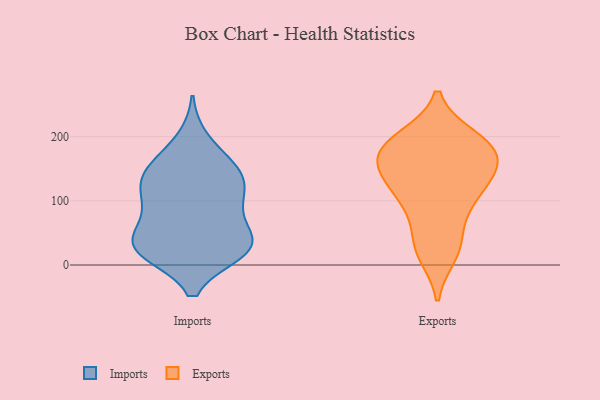
{"axis": {"x": "Shipments", "y": "Value"}, "legend": ["Exports", "Imports"], "data": [{"x": "", "y": 95, "type": "Imports"}, {"x": "", "y": 158, "type": "Imports"}, {"x": "", "y": 20, "type": "Imports"}, {"x": "", "y": 20, "type": "Imports"}, {"x": "", "y": 34, "type": "Imports"}, {"x": "", "y": 149, "type": "Imports"}, {"x": "", "y": 30, "type": "Imports"}, {"x": "", "y": 117, "type": "Imports"}, {"x": "", "y": 20, "type": "Imports"}, {"x": "", "y": 75, "type": "Imports"}, {"x": "", "y": 28, "type": "Imports"}, {"x": "", "y": 58, "type": "Imports"}, {"x": "", "y": 147, "type": "Imports"}, {"x": "", "y": 140, "type": "Imports"}, {"x": "", "y": 195, "type": "Imports"}, {"x": "", "y": 120, "type": "Imports"}, {"x": "", "y": 104, "type": "Imports"}, {"x": "", "y": 34, "type": "Imports"}, {"x": "", "y": 147, "type": "Exports"}, {"x": "", "y": 194, "type": "Exports"}, {"x": "", "y": 124, "type": "Exports"}, {"x": "", "y": 172, "type": "Exports"}, {"x": "", "y": 120, "type": "Exports"}, {"x": "", "y": 163, "type": "Exports"}, {"x": "", "y": 198, "type": "Exports"}, {"x": "", "y": 29, "type": "Exports"}, {"x": "", "y": 176, "type": "Exports"}, {"x": "", "y": 192, "type": "Exports"}, {"x": "", "y": 92, "type": "Exports"}, {"x": "", "y": 151, "type": "Exports"}, {"x": "", "y": 31, "type": "Exports"}, {"x": "", "y": 122, "type": "Exports"}, {"x": "", "y": 81, "type": "Exports"}, {"x": "", "y": 181, "type": "Exports"}, {"x": "", "y": 17, "type": "Exports"}]}